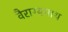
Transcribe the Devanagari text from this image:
वैराग्यनाथ